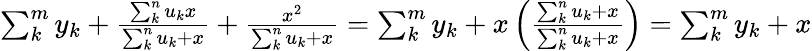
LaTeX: \begin{array}{r}{\sum_{k}^{m}y_{k}+\frac{\sum_{k}^{n}u_{k}x}{\sum_{k}^{n}u_{k}+x}+\frac{x^{2}}{\sum_{k}^{n}u_{k}+x}=\sum_{k}^{m}y_{k}+x\left(\frac{\sum_{k}^{n}u_{k}+x}{\sum_{k}^{n}u_{k}+x}\right)=\sum_{k}^{m}y_{k}+x}\end{array}